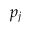
p _ { j }